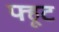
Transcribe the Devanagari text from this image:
फ्हूट